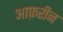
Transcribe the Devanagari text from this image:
आफ़रीन